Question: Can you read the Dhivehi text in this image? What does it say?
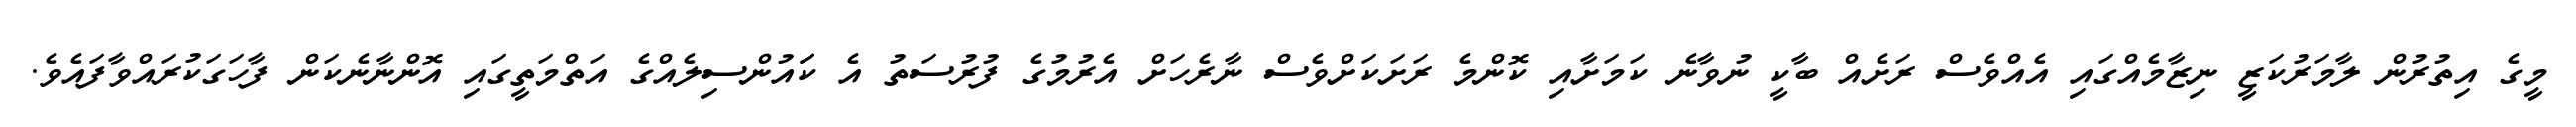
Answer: މީގެ އިތުރުން ލާމަރުކަޒީ ނިޒާމެއްގައި އެއްވެސް ރަށެއް ބާކީ ނުވާނެ ކަމަށާއި ކޮންމެ ރަށަކަށްވެސް ނާރެހަށް އެރުމުގެ ފުރުސަތު އެ ކަައުންސިލެއްގެ އަތްމަތީގައި އޮންނާނެކަން ފާހަގަކުރައްވާފައެވެ.